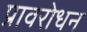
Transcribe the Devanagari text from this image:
प्रावरोधन